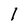
Character: I